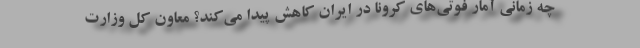
چه زمانی آمار فوتی‌های کرونا در ایران کاهش پیدا می‌کند؟ معاون کل وزارت